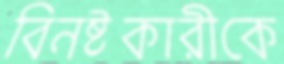
বিনষ্টকারীকে